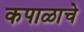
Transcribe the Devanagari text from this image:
कपाळाचे